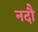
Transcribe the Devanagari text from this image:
नदौ